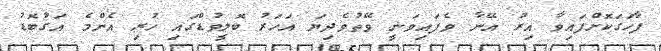
ފާހަގަކޮށްފައިވާ އިރު އޭނާ ވެފައިވަނީ ވޭތުވެދިޔަ އަހަރު ބޮލީވުޑްގައި ހުރި އެންމެ އަގުބޮޑު